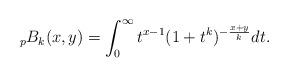
LaTeX: \begin{align*} _{p}B_{k}(x,y)= \int_{0}^{\infty}t^{x-1}(1+t^{k})^{-\frac{x+y}{k}}dt. \end{align*}